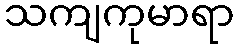
သကျကုမာရာ